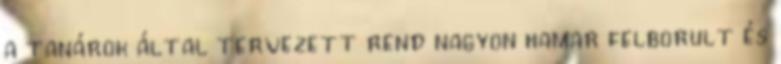
a tanárok által tervezett rend nagyon hamar felborult és